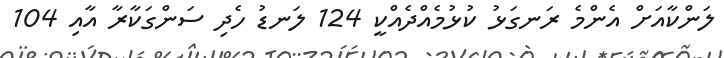
ލަންކާއަށް އެންމެ ރަނގަޅު ކުޅުމެއްދެއްކީ 124 ލަނޑު ހެދި ސަންގަކާރާ އާއި 104